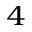
_ 4